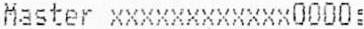
MASTER XXXXXXXXXXXX0000: